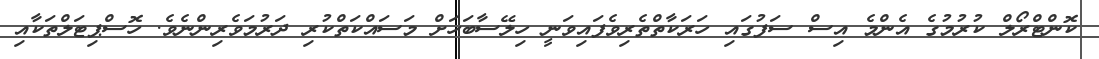
ކޮންޓްރޯލް ކުރުމުގެ އެންމެ އިސް ސަފުގައި ހަރަކާތްތެރިވެފައިވަނީ ހިލޭސާބަހަށް މަސައްކަތްކުރި ދަރުމަވެރިންނެވެ. ހޮސްޕިޓަލްތަކާއި